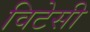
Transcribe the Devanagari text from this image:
विटेसी